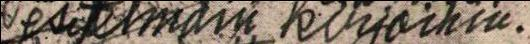
esitelmäni kirjoihin.